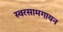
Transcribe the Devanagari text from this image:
स्वरसामगायन